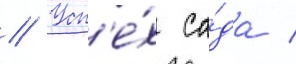
// Усп'е́х са́да /